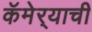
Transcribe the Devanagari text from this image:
कॅमेर्‍याची